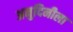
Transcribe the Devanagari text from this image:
अनुदिनीला